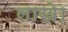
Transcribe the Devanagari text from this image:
लाखेा